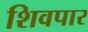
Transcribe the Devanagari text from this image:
शिवपार